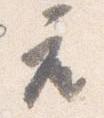
座